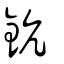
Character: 鈧